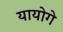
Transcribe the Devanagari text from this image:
यायोगे